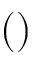
( )